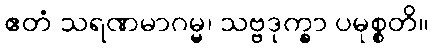
ဧတံ သရဏမာဂမ္မ၊ သဗ္ဗဒုက္ခာ ပမုစ္စတိ။